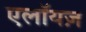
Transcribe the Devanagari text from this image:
एलॉयज़